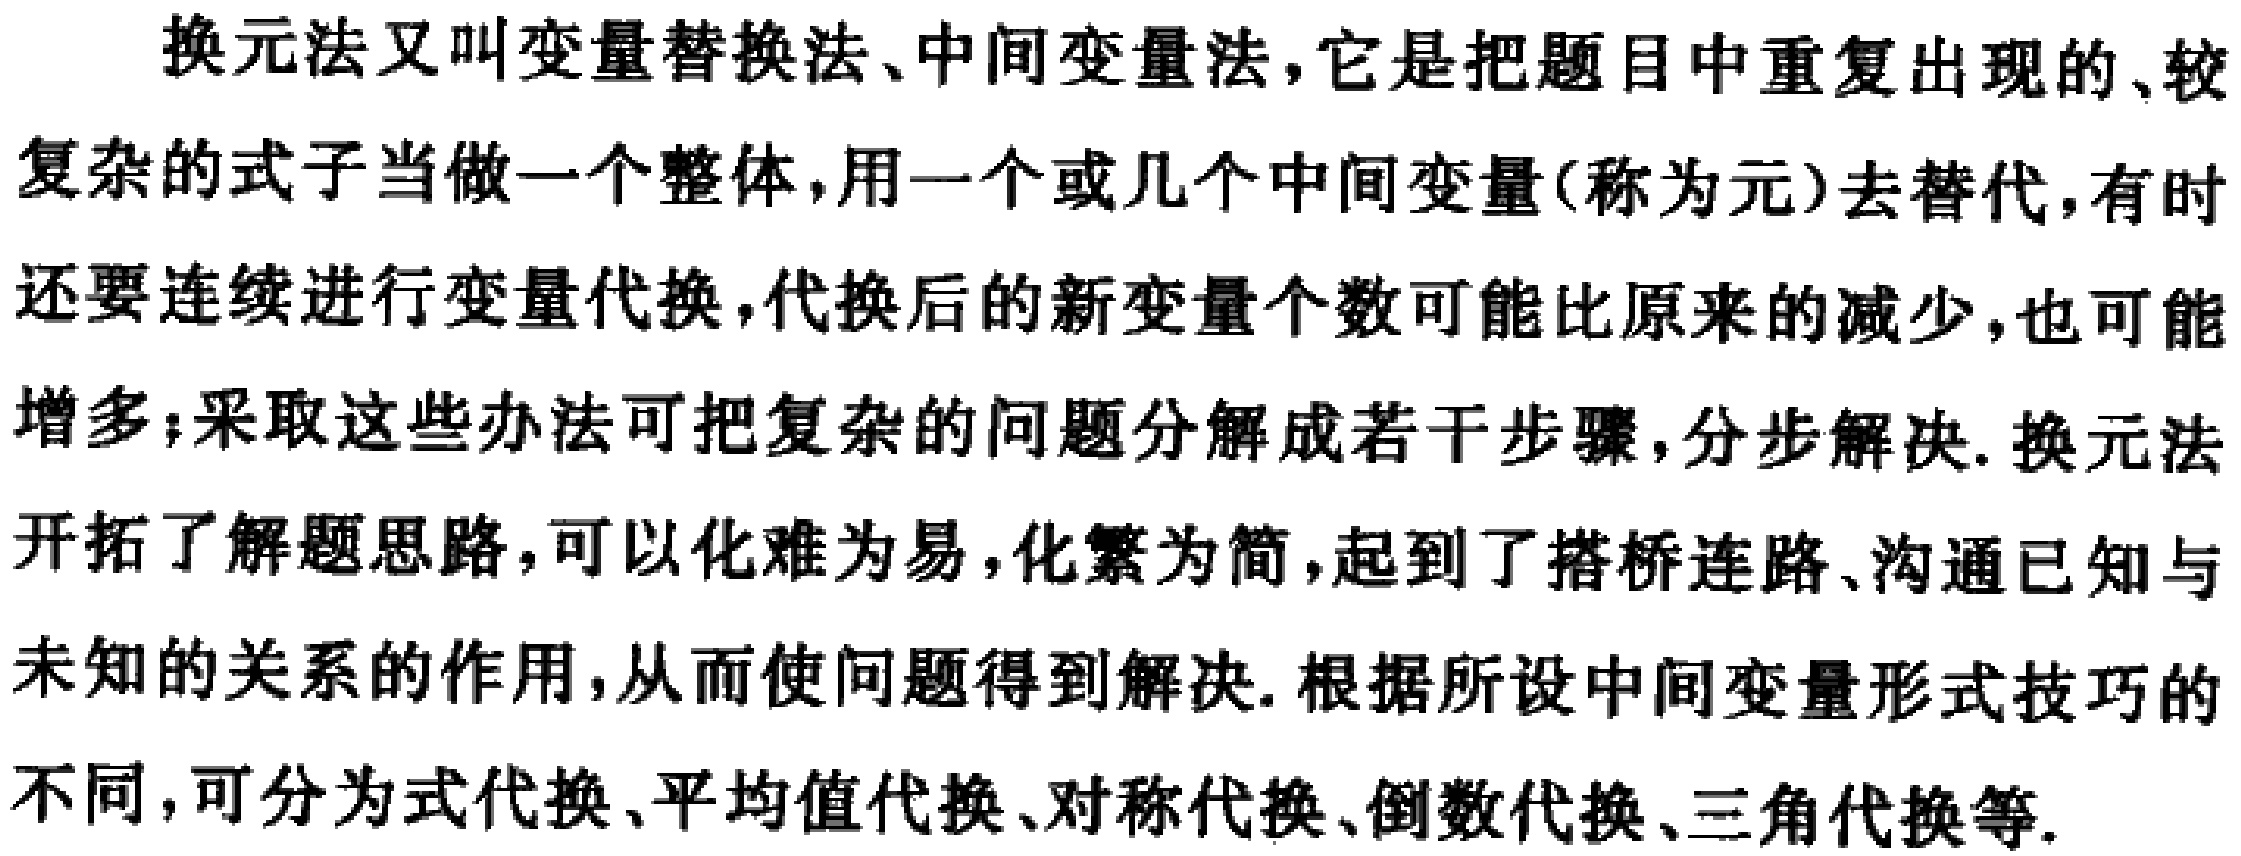
换元法又叫变量替换法、中间变量法，它是把题目中重复出现的、较复杂的式子当做一个整体，用一个或几个中间变量(称为元)去替代，有时还要连续进行变量代换，代换后的新变量个数可能比原来的减少，也可能增多；采取这些办法可把复杂的问题分解成若干步骤，分步解决. 换元法开拓了解题思路，可以化难为易，化繁为简，起到了搭桥连路、沟通已知与未知的关系的作用，从而使问题得到解决. 根据所设中间变量形式技巧的不同，可分为式代换、平均值代换、对称代换、倒数代换、三角代换等.